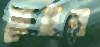
হেইন